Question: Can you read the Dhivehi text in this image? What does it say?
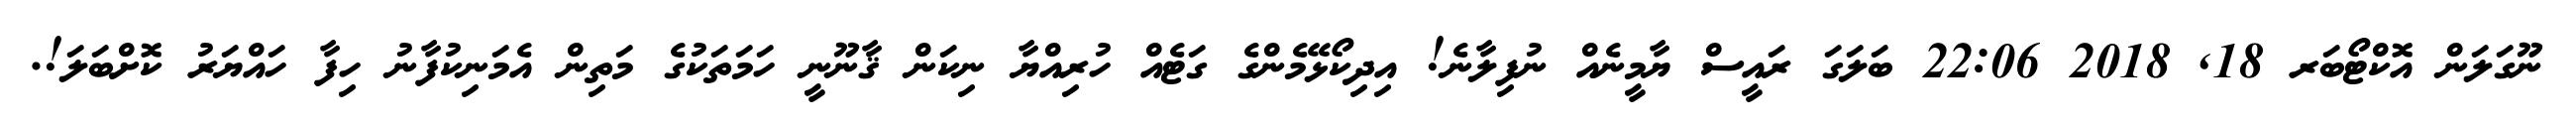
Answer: ނޫގަލަން އޮކްޓޯބަރ 18, 2018 22:06 ބަލަގަ ރައީސް ޔާމީނެއް ނުފިލާނެ! އިދިކޯޅޭމެންގެ ގަޓެއް ހުރިއްޔާ ނިކަން ޤާނޫނީ ހަމަތަކުގެ މަތިން އެމަނިކުފާނު ހިފާ ހައްޔަރު ކޮށްބަލަ!.